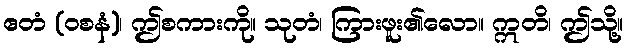
ဧတံ (ဝစနံ)၊ ဤစကားကို။ သုတံ၊ ကြားဖူး၏လော။ ဣတိ၊ ဤသို့။